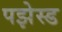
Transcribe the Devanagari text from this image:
पझेस्ड